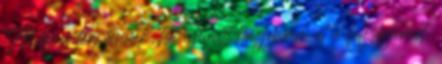
Milyen férj lennék, ha amiatt hagynám el a feleségemet,